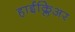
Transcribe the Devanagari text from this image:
हाईक्लिअर